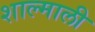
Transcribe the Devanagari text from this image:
शाल्माली